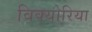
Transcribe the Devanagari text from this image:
विक्योरिया